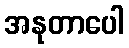
အနုတာပေါ